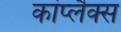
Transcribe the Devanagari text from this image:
कांप्लैक्स